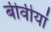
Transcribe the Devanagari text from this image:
बीवीयां